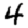
Digit: 4